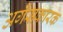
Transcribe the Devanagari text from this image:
अगैसकारक